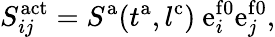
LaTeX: S_{ij}^{\mathrm{act}}=S^{\mathrm{a}}(t^{\mathrm{a}},l^{\mathrm{{c}}})\ {\mathrm{e}}_{i}^{\mathrm{f0}}{\mathrm{e}}_{j}^{\mathrm{f0}},